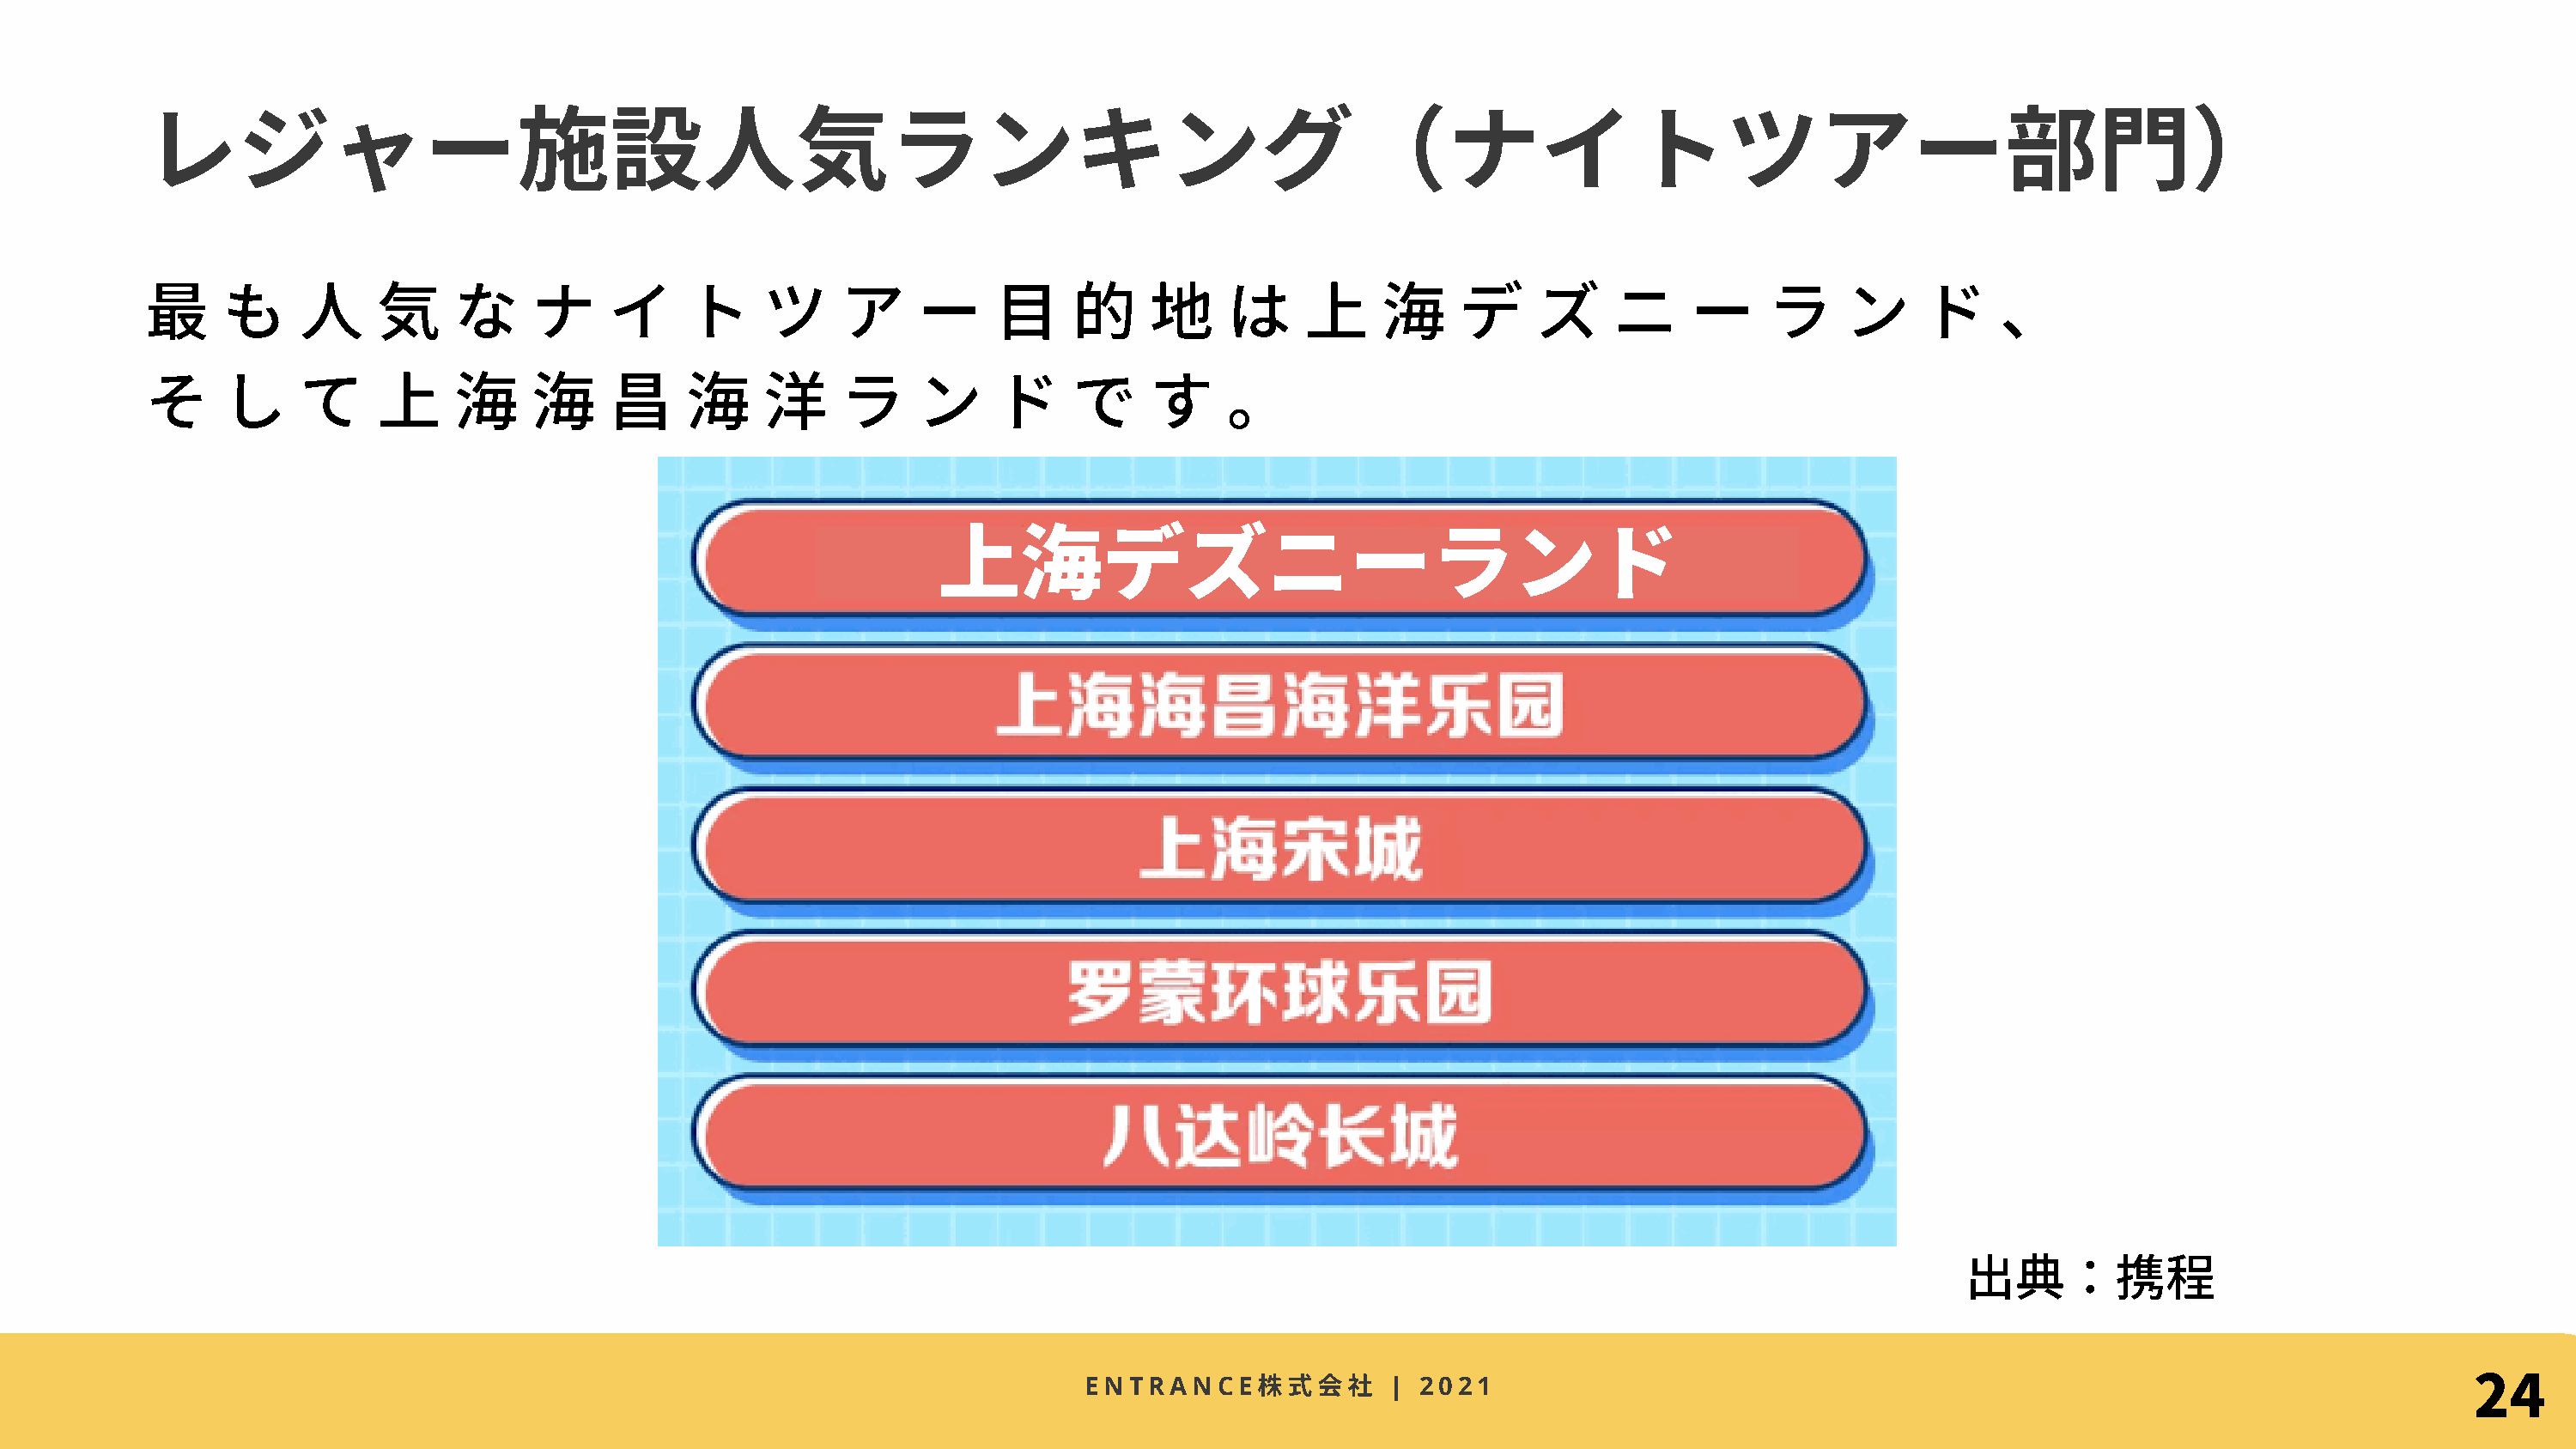
レジャー施設⼈気ランキング（ナイトツアー部⾨）
 最     も     ⼈     気     な     ナ     イ     ト     ツ     ア     ー     ⽬     的     地     は     上     海    デ     ズ     ニ     ー     ラ     ン     ド     、
 そ     し     て     上     海     海     昌     海     洋     ラ     ン     ド     で     す     。
 上海デズニーランド
 出典：携程
 24
 株式
 ENTRANCE               | 2021